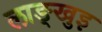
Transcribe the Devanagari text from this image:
लाङ्खुइ